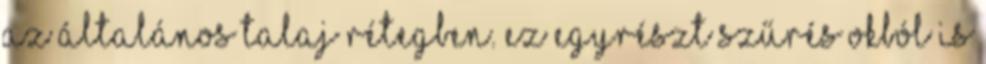
az általános talaj rétegben. Ez egyrészt szűrés okból is